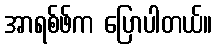
အာရစ်ဖ်က ပြောပါတယ်။